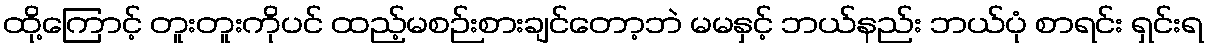
ထို့ကြောင့် တူးတူးကိုပင် ထည့်မစဉ်းစားချင်တော့ဘဲ မမနှင့် ဘယ်နည်း ဘယ်ပုံ စာရင်း ရှင်းရ